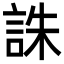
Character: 誅